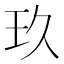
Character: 玖